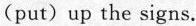
(put)up the signs.